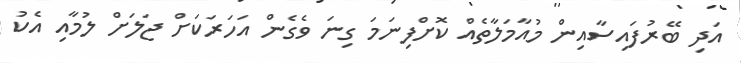
އަދި ބޭރުފައިސާއިން މުއާމަލާތެއް ކޮށްފިނަމަ ގިނަ ވެގެން އަހަރަކަށް ޖަލަށް ލުމާއި އެކު